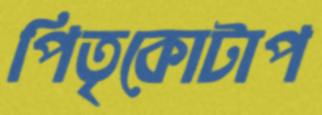
পিতৃকোটাপ